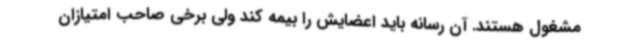
مشغول هستند. آن رسانه باید اعضایش را بیمه کند ولی برخی صاحب امتیازان